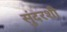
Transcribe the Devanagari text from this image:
सुंदरशी